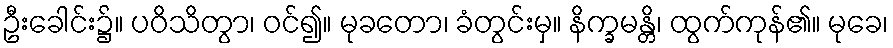
ဦးခေါင်း၌။ ပဝိသိတွာ၊ ဝင်၍။ မုခတော၊ ခံတွင်းမှ။ နိက္ခမန္တိ၊ ထွက်ကုန်၏။ မုခေ၊